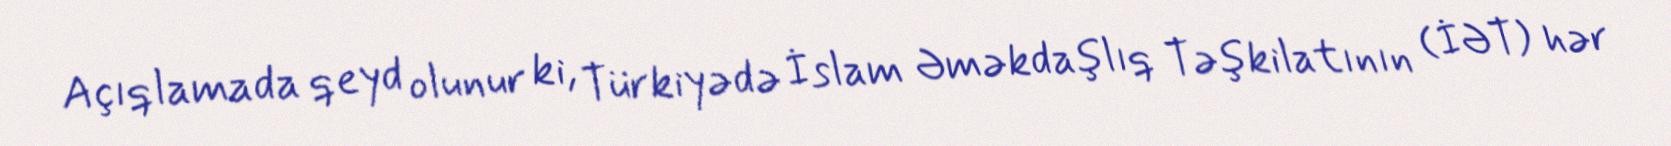
Açıqlamada qeyd olunur ki, Türkiyədə İslam Əməkdaşlıq Təşkilatının (İƏT) hər